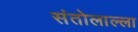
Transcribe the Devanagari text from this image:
संतोलाल्ला